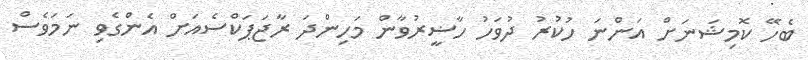
ބެހޭ ކޮމިޝަނަށް އަންނަ ހުކުރު ދުވަހު ހާޟީރުވާން މަހިންދަ ރާޖަޕަކްސެއަށް އެންގެވި ނަމަވެސް